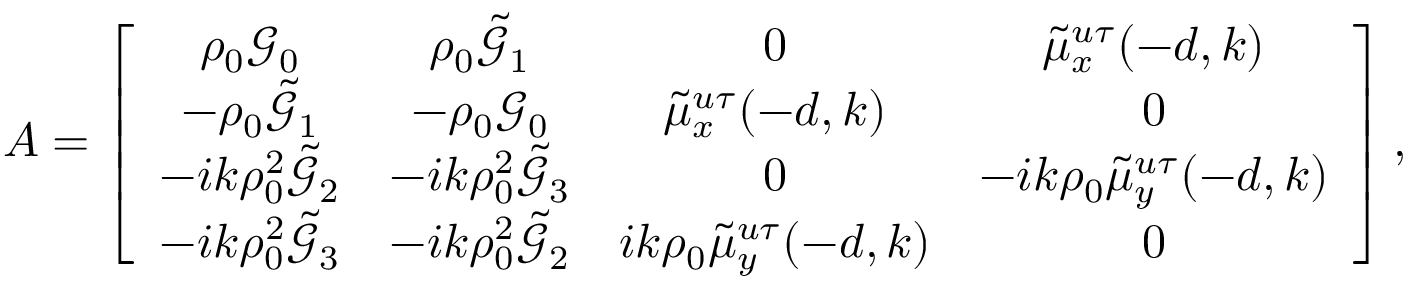
A = \left[ \begin{array} { c c c c } { \rho _ { 0 } \mathcal { G } _ { 0 } } & { \rho _ { 0 } \tilde { \mathcal { G } } _ { 1 } } & { 0 } & { \tilde { \mu } _ { x } ^ { u \tau } ( - d , k ) } \\ { - \rho _ { 0 } \tilde { \mathcal { G } } _ { 1 } } & { - \rho _ { 0 } \mathcal { G } _ { 0 } } & { \tilde { \mu } _ { x } ^ { u \tau } ( - d , k ) } & { 0 } \\ { - i k \rho _ { 0 } ^ { 2 } \tilde { \mathcal { G } } _ { 2 } } & { - i k \rho _ { 0 } ^ { 2 } \tilde { \mathcal { G } } _ { 3 } } & { 0 } & { - i k \rho _ { 0 } \tilde { \mu } _ { y } ^ { u \tau } ( - d , k ) } \\ { - i k \rho _ { 0 } ^ { 2 } \tilde { \mathcal { G } } _ { 3 } } & { - i k \rho _ { 0 } ^ { 2 } \tilde { \mathcal { G } } _ { 2 } } & { i k \rho _ { 0 } \tilde { \mu } _ { y } ^ { u \tau } ( - d , k ) } & { 0 } \end{array} \right] ,